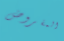
المفروض